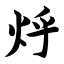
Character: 烀